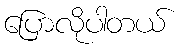
ပြောလိုပါတယ်